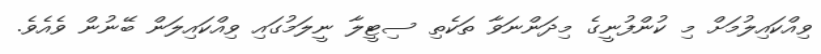
ވިއްކައިލުމަށް މި ކުންފުނީގެ މިދަންނަވާ ތަކެތި ސިޓީލާ ނީލަމުގައި ވިއްކައިލަން ބޭނުން ވެއެވެ.